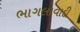
ભાગલાવાદી